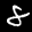
Label: 8